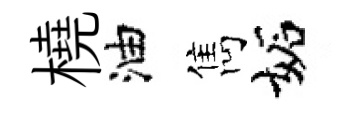
橈油雋妬